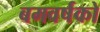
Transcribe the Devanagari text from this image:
बमवर्षको